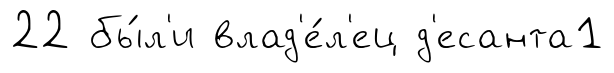
22 бы́л'и влад'е́л'ец д'есанта1